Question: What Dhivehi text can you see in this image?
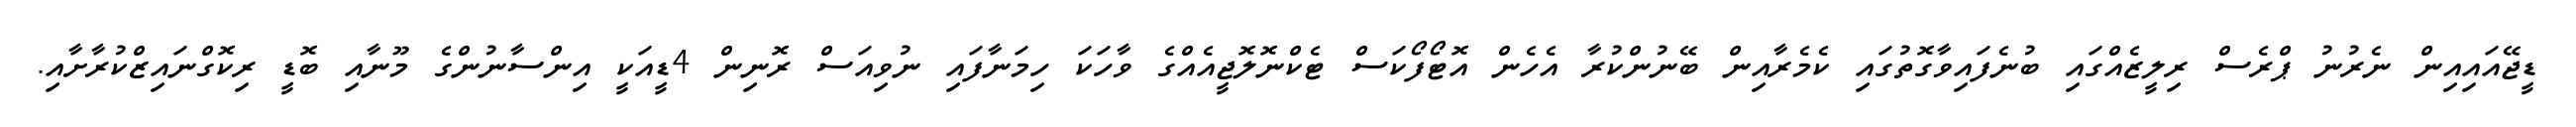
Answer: ޑީޖޭއައިއިން ނެރުނު ޕްރެސް ރިލީޒެއްގައި ބުނެފައިވާގޮތުގައި ކެމެރާއިން ބޭނުންކުރާ އެހެން އޮޓޯފޯކަސް ޓެކްނޮލޮޖީއެއްގެ ވާހަކަ ހިމަނާފައި ނުވިއަސް ރޮނިން 4ޑީއަކީ އިންސާނުންގެ މޫނާއި ބޮޑީ ރިކޮގްނައިޒްކުރާށާއި.